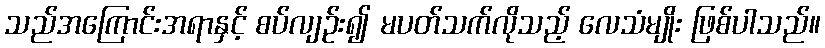
သည်အကြောင်းအရာနှင့် စပ်လျဉ်း၍ မပတ်သက်လိုသည့် လေသံမျိုး ဖြစ်ပါသည်။